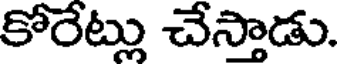
కోరేట్లు చేస్తాడు.